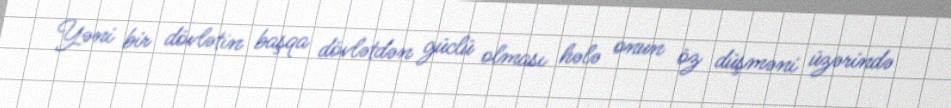
Yəni bir dövlətin başqa dövlətdən güclü olması hələ onun öz düşməni üzərində